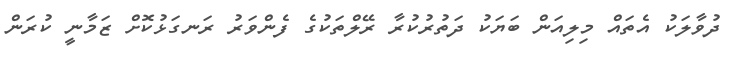
ދުވާލަކު އެތައް މިލިއަން ބަޔަކު ދަތުރުކުރާ ރޭލްތަކުގެ ފެންވަރު ރަނގަޅުކޮށް ޒަމާނީ ކުރަން